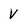
Character: V